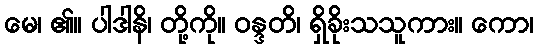
မေ၊ ၏။ ပါဒါနိ၊ တို့ကို။ ဝန္ဒတိ၊ ရှိခိုးသသူကား။ ကော၊